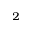
^ 2